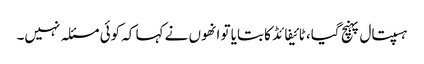
ہسپتال پہنچ گیا، ٹائیفائڈ کا بتایا تو انھوں نے کہا کہ کوئی مسئلہ نہیں۔